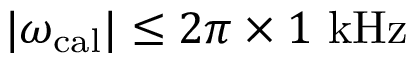
\vert \omega _ { \mathrm { c a l } } \vert \le 2 \pi \times 1 ~ \mathrm { k H z }